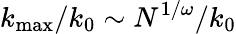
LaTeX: k_{\operatorname*{max}}/k_{0}\sim N^{1/\omega}/k_{0}